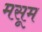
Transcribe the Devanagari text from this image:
मसूम